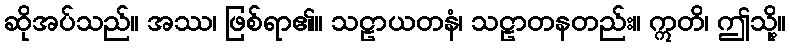
ဆိုအပ်သည်။ အဿ၊ ဖြစ်ရာ၏။ သဠာယတနံ၊ သဠာတနတည်း။ ဣတိ၊ ဤသို့။